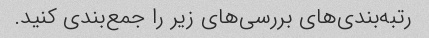
رتبه‌بندی‌های بررسی‌های زیر را جمع‌بندی کنید.